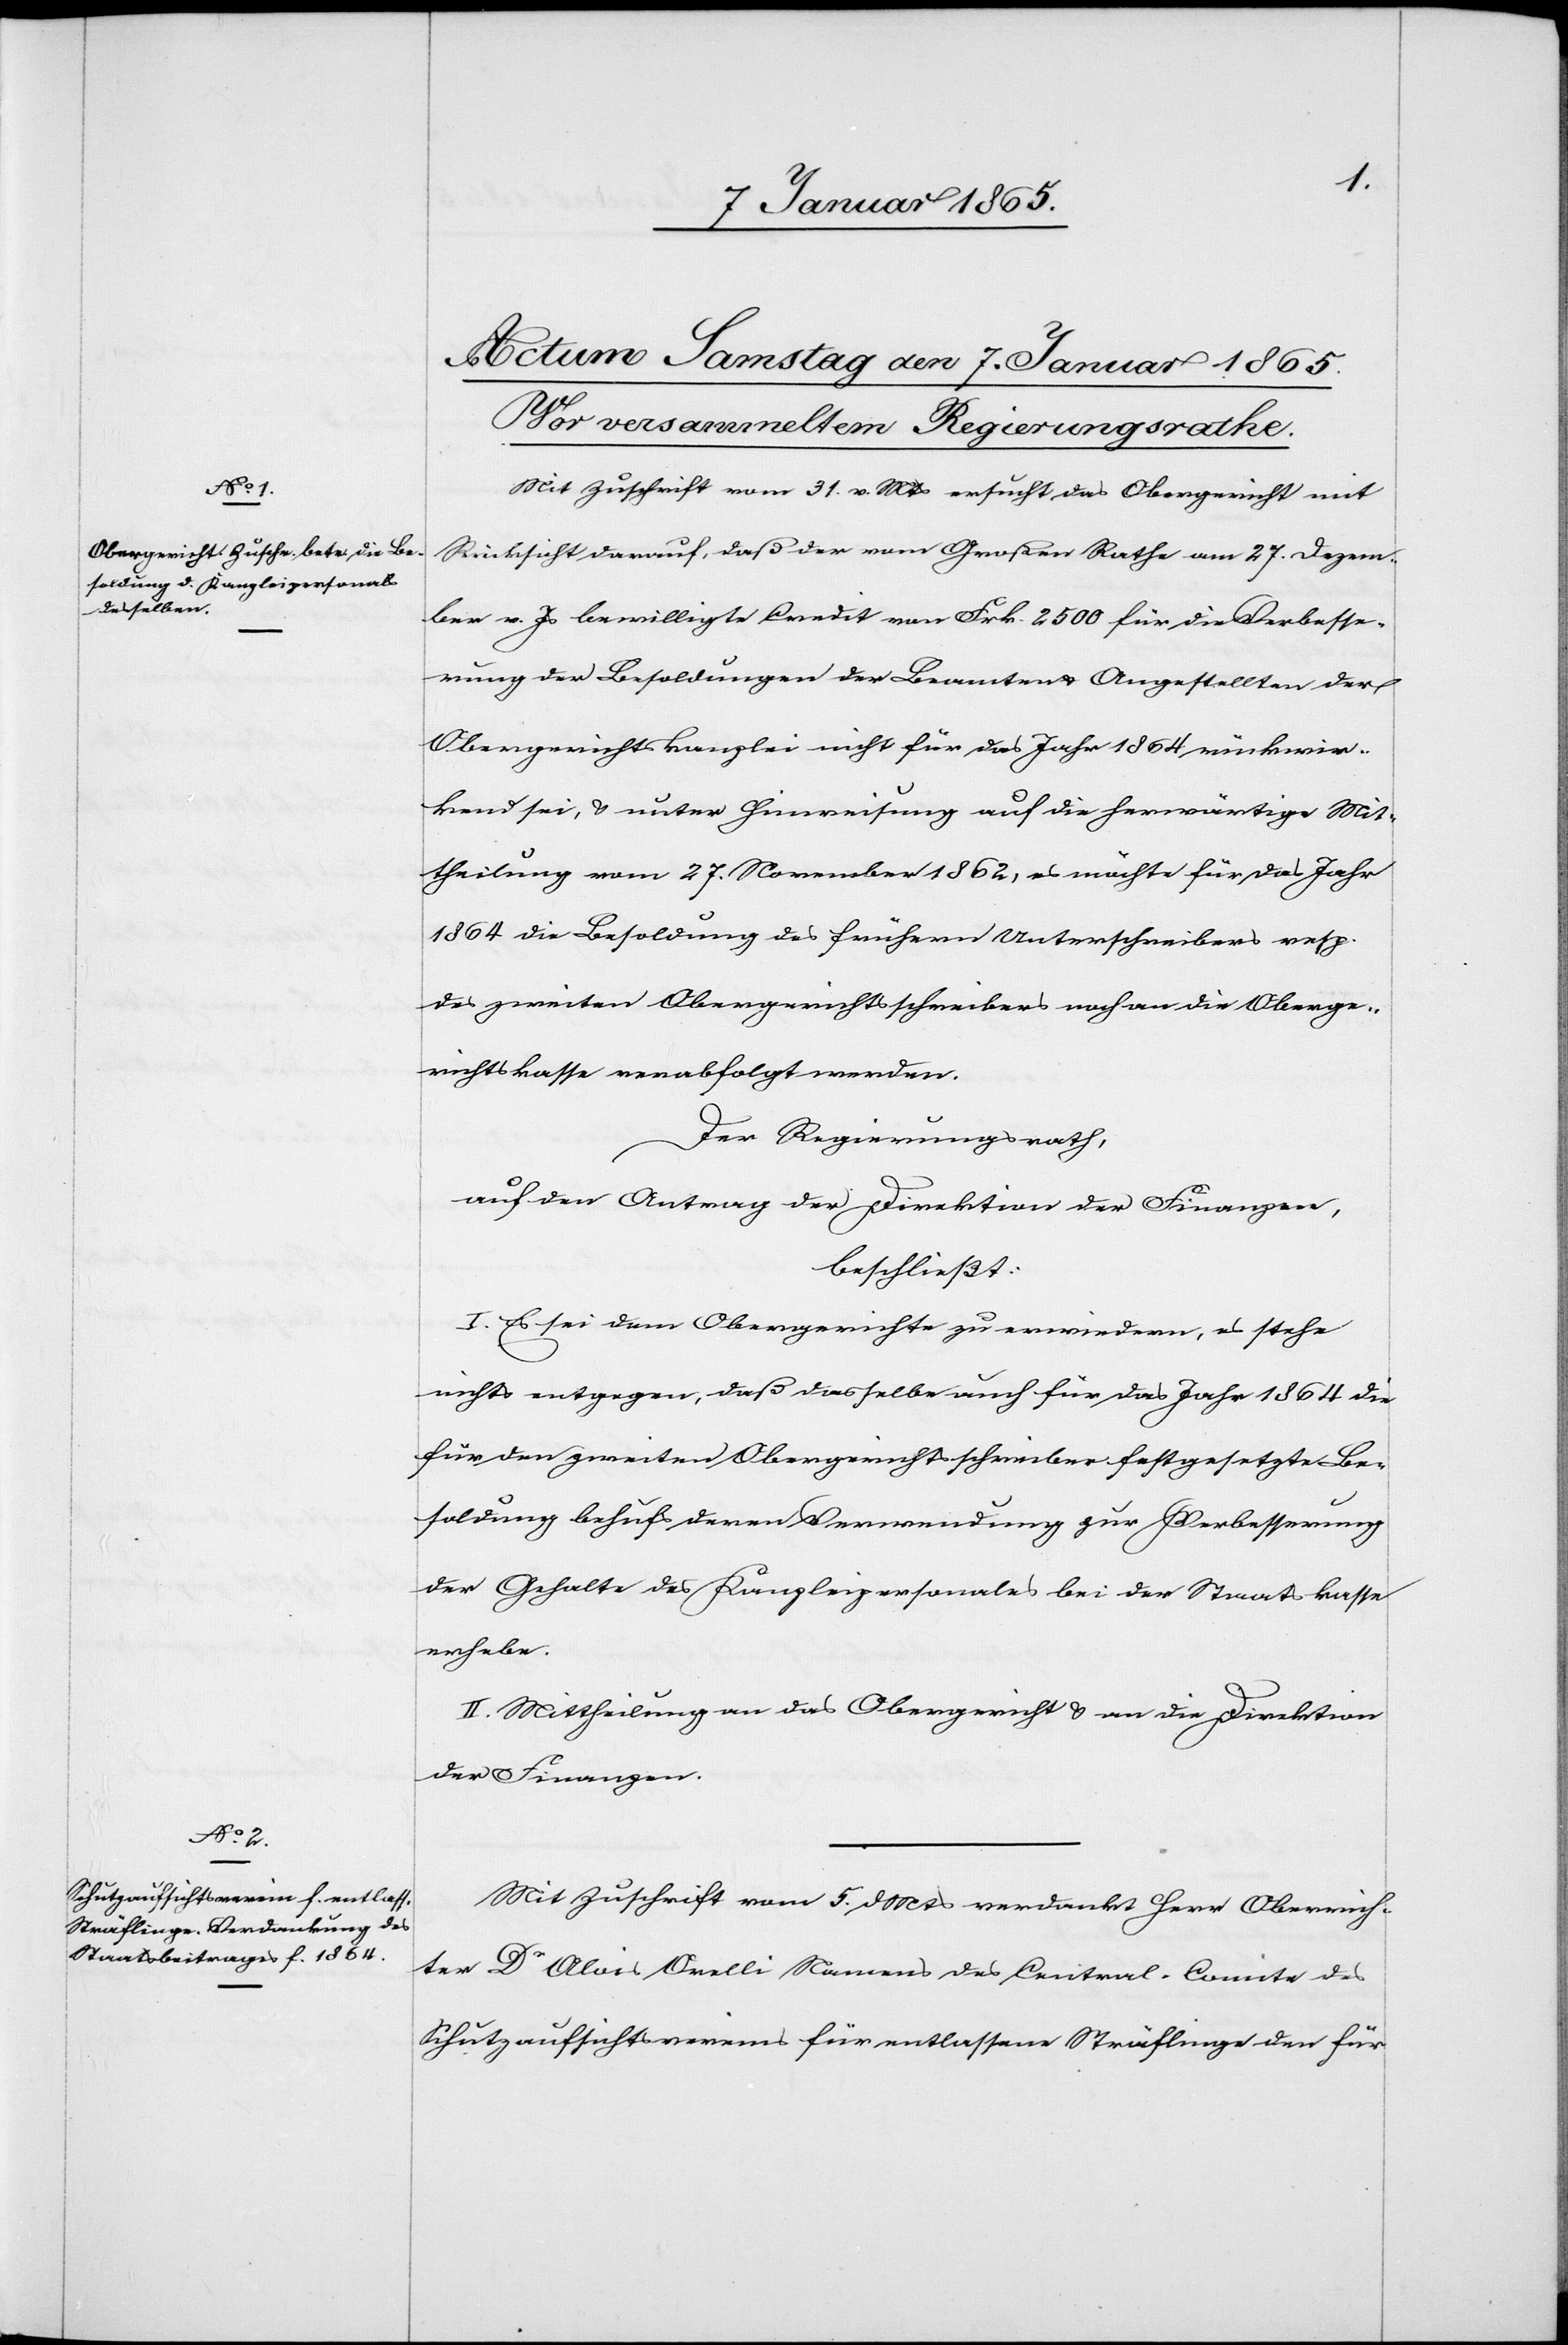
Mit Zuschrift vom 31. v. Mts ersucht, das Obergericht mit
Rücksicht darauf, daß der vom Großen Rathe am 27. Dezem¬
ber v. Js bewilligte Credit von Frk. 2500 für die Verbesse¬
rung der Besoldungen der Beamten u. Angestellten der
Obergerichtskanzlei nicht für das Jahr 1864 rückwir¬
kend sei, u. unter Hinweisung auf die herwärtige Mit¬
theilung vom 27. November 1862, es möchte für das Jahr
1864 die Besoldung des frühern Unterschreibers resp.
des zweiten Obergerichtsschreibers noch an die Oberge¬
richtskasse verabfolgt werden.
Der Regierungsrath,
auf den Antrag der Direktion der Finanzen,
beschließt:
I. Es sei dem Obergerichte zu erwiedern, es stehe
nichts entgegen, daß dasselbe auch für das Jahr 1864 die
für den zweiten Obergerichtsschreiber festgesetzte Be¬
soldung behufs deren Verwendung zur Verbesserung
der Gehalte des Kanzleipersonales bei der Staatskasse
erhebe.
II. Mittheilung an das Obergericht u. an die Direktion
der Finanzen.
Mit Zuschrift vom 5. d Mts verdankt Herr Oberrich¬
ter Dr Alois Orelli Namens des Central-Comite des
Schutzaufsichtsvereins für entlassene Sträflinge den für